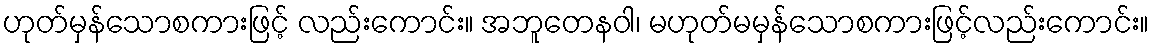
ဟုတ်မှန်သောစကားဖြင့် လည်းကောင်း။ အဘူတေနဝါ၊ မဟုတ်မမှန်သောစကားဖြင့်လည်းကောင်း။